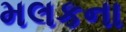
મલકના